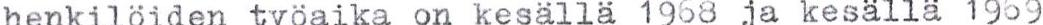
henkilöiden työaika on kesällä 1968 ja kesällä 1969